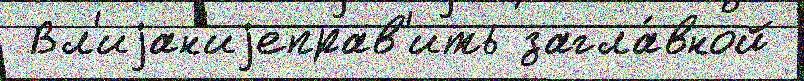
 Вл'иjан'иjеправ'ить загла́вной